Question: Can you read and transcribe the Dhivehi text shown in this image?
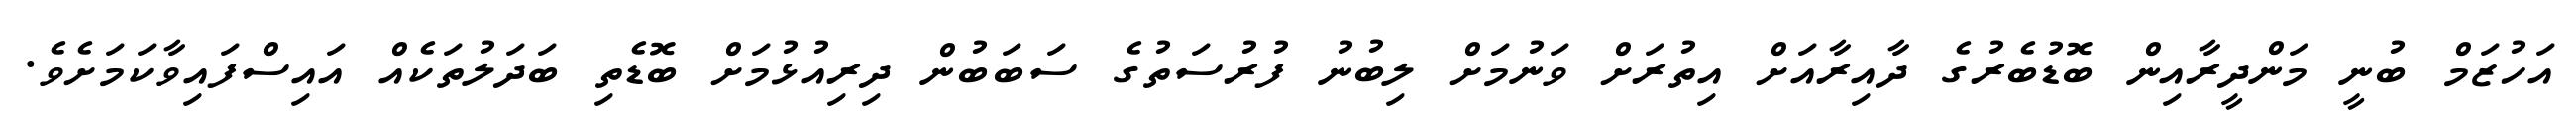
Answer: އަހުޒަމް ބުނީ މަންދީރާއިން ބޮޑުބެރުގެ ދާއިރާއަށް އިތުރަށް ވަނުމަށް ލިބުނު ފުރުސަތުގެ ސަބަބުން ދިރިއުޅުމަށް ބޮޑެތި ބަދަލުތަކެއް އައިސްފައިވާކަމަށެވެ.